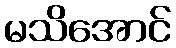
မသိအောင်